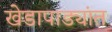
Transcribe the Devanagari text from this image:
खेडापाड्यांत